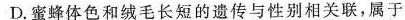
D.蜜蜂体色和绒毛长短的遗传与性别相关联，属于